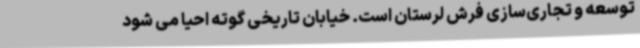
توسعه و تجاری‌سازی فرش لرستان است. خیابان تاریخی گوته احیا می شود